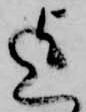
迄